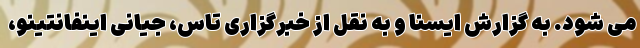
می شود. به گزارش ایسنا و به نقل از خبرگزاری تاس، جیانی اینفانتینو،